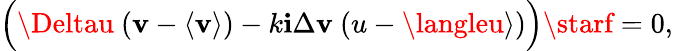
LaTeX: \Bigl(\Deltau~(\mathbf{v}-\langle\mathbf{v}\rangle)-k\mathbf{i}\Delta\mathbf{v}~(u-\langleu\rangle)\Bigr)\starf=0,